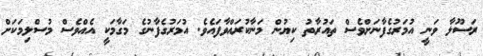
ރަސޫލާ ވަނީ އުމަރުގެފާނަށްވެސް ތައުރާތު ކިޔުން މަނާކުރައްވާފައެވެ. އުމަރުގެފާނުގެ މަގާމަކީ އެއްވެސް މުސްލިމަކަށް